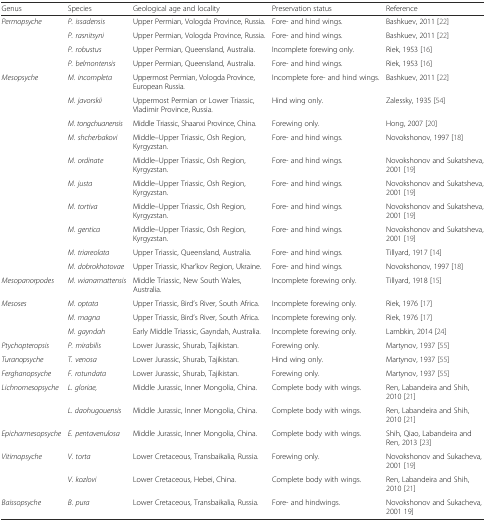
<table><thead><tr><td><b>Genus</b></td><td><b>Species</b></td><td><b>Geological age and locality</b></td><td><b>Preservation status</b></td><td><b>Reference</b></td></tr></thead><tbody><tr><td rowspan="4"><i>Permopsyche</i></td><td><i>P. issadensis</i></td><td>Upper Permian, Vologda Province, Russia.</td><td>Fore- and hind wings.</td><td>Bashkuev, 2011 [22]</td></tr><tr><td><i>P. rasnitsyni</i></td><td>Upper Permian, Vologda Province, Russia.</td><td>Fore- and hind wings.</td><td>Bashkuev, 2011 [22]</td></tr><tr><td><i>P. robustus</i></td><td>Upper Permian, Queensland, Australia.</td><td>Incomplete forewing only.</td><td>Riek, 1953 [16]</td></tr><tr><td><i>P. belmontensis</i></td><td>Upper Permian, Queensland, Australia.</td><td>Fore- and hind wings.</td><td>Riek, 1953 [16]</td></tr><tr><td rowspan="10"><i>Mesopsyche</i></td><td><i>M. incompleta</i></td><td>Uppermost Permian, Vologda Province, European Russia.</td><td>Incomplete fore- and hind wings.</td><td>Bashkuev, 2011 [22]</td></tr><tr><td><i>M. javorskii</i></td><td>Uppermost Permian or Lower Triassic, Vladimir Province, Russia.</td><td>Hind wing only.</td><td>Zalessky, 1935 [54]</td></tr><tr><td><i>M. tongchuanensis</i></td><td>Middle Triassic, Shaanxi Province, China.</td><td>Forewing only.</td><td>Hong, 2007 [20]</td></tr><tr><td><i>M. shcherbakovi</i></td><td>Middle–Upper Triassic, Osh Region, Kyrgyzstan.</td><td>Fore- and hind wings.</td><td>Novokshonov, 1997 [18]</td></tr><tr><td><i>M. ordinate</i></td><td>Middle–Upper Triassic, Osh Region, Kyrgyzstan.</td><td>Fore- and hind wings.</td><td>Novokshonov and Sukatsheva, 2001 [19]</td></tr><tr><td><i>M. justa</i></td><td>Middle–Upper Triassic, Osh Region, Kyrgyzstan.</td><td>Fore- and hind wings.</td><td>Novokshonov and Sukatsheva, 2001 [19]</td></tr><tr><td><i>M. tortiva</i></td><td>Middle–Upper Triassic, Osh Region, Kyrgyzstan.</td><td>Fore- and hind wings.</td><td>Novokshonov and Sukatsheva, 2001 [19]</td></tr><tr><td><i>M. gentica</i></td><td>Middle–Upper Triassic, Osh Region, Kyrgyzstan.</td><td>Fore- and hind wings.</td><td>Novokshonov and Sukatsheva, 2001 [19]</td></tr><tr><td><i>M. triareolata</i></td><td>Upper Triassic, Queensland, Australia.</td><td>Fore- and hind wings.</td><td>Tillyard, 1917 [14]</td></tr><tr><td><i>M. dobrokhotovae</i></td><td>Upper Triassic, Khar’kov Region, Ukraine.</td><td>Fore- and hind wings.</td><td>Novokshonov, 1997 [18]</td></tr><tr><td><i>Mesopanorpodes</i></td><td><i>M. wianamattensis</i></td><td>Middle Triassic, New South Wales, Australia.</td><td>Incomplete forewing only.</td><td>Tillyard, 1918 [15]</td></tr><tr><td rowspan="3"><i>Mesoses</i></td><td><i>M. optata</i></td><td>Upper Triassic, Bird’s River, South Africa.</td><td>Incomplete forewing only.</td><td>Riek, 1976 [17]</td></tr><tr><td><i>M. magna</i></td><td>Upper Triassic, Bird’s River, South Africa.</td><td>Incomplete forewing only.</td><td>Riek, 1976 [17]</td></tr><tr><td><i>M. gayndah</i></td><td>Early Middle Triassic, Gayndah, Australia.</td><td>Incomplete forewing only.</td><td>Lambkin, 2014 [24]</td></tr><tr><td><i>Ptychopteropsis</i></td><td><i>P. mirabilis</i></td><td>Lower Jurassic, Shurab, Tajikistan.</td><td>Forewing only.</td><td>Martynov, 1937 [55]</td></tr><tr><td><i>Turanopsyche</i></td><td><i>T. venosa</i></td><td>Lower Jurassic, Shurab, Tajikistan.</td><td>Hind wing only.</td><td>Martynov, 1937 [55]</td></tr><tr><td><i>Ferghanopsyche</i></td><td><i>F. rotundata</i></td><td>Lower Jurassic, Shurab, Tajikistan.</td><td>Forewing only.</td><td>Martynov, 1937 [55]</td></tr><tr><td rowspan="2"><i>Lichnomesopsyche</i></td><td><i>L. gloriae,</i></td><td>Middle Jurassic, Inner Mongolia, China.</td><td>Complete body with wings.</td><td>Ren, Labandeira and Shih, 2010 [21]</td></tr><tr><td><i>L. daohugouensis</i></td><td>Middle Jurassic, Inner Mongolia, China.</td><td>Complete body with wings.</td><td>Ren, Labandeira and Shih, 2010 [21]</td></tr><tr><td><i>Epicharmesopsyche</i></td><td><i>E. pentavenulosa</i></td><td>Middle Jurassic, Inner Mongolia, China.</td><td>Complete body with wings.</td><td>Shih, Qiao, Labandeira and Ren, 2013 [23]</td></tr><tr><td rowspan="2"><i>Vitimopsyche</i></td><td><i>V. torta</i></td><td>Lower Cretaceous, Transbaikalia, Russia.</td><td>Forewing only.</td><td>Novokshonov and Sukacheva, 2001 [19]</td></tr><tr><td><i>V. kozlovi</i></td><td>Lower Cretaceous, Hebei, China.</td><td>Complete body with wings.</td><td>Ren, Labandeira and Shih, 2010 [21]</td></tr><tr><td><i>Baissopsyche</i></td><td><i>B. pura</i></td><td>Lower Cretaceous, Transbaikalia, Russia.</td><td>Fore- and hindwings.</td><td>Novokshonov and Sukacheva, 2001 19]</td></tr></tbody></table>